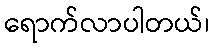
ရောက်လာပါတယ်၊